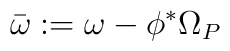
\bar{\omega}:=\omega-\phi^*\Omega_P